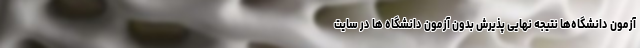
آزمون دانشگاه‌ها نتیجه نهایی پذیرش بدون آزمون دانشگاه ها در سایت